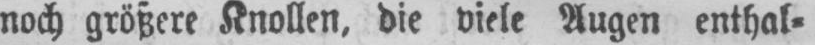
noch größere Knollen, die viele Augen enthal⸗